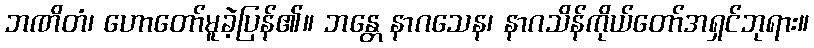
ဘဏိတံ၊ ဟောတော်မူခဲ့ပြန်၏။ ဘန္တေ နာဂသေန၊ နာဂသိန်ကိုယ်တော်အရှင်ဘုရား။